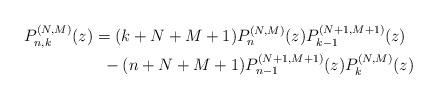
LaTeX: \begin{gather*} P_{n,k}^{(N,M) }(z) = ( k+N+M+1 ) P_{n}^{(N,M) }(z) P_{k-1}^{( N+1,M+1) }(z) \\\hphantom{P_{n,k}^{(N,M) }(z) =}{} - ( n+N+M+1 ) P_{n-1}^{( N+1,M+1) }(z) P_{k}^{(N,M) }(z)\end{gather*}